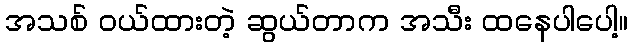
အသစ် ဝယ်ထားတဲ့ ဆွယ်တာက အသီး ထနေပါပေါ့။